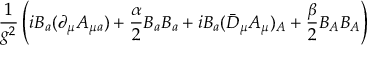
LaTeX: \frac { 1 } { g ^ { 2 } } \left( i B _ { a } ( \partial _ { \mu } A _ { \mu a } ) + \frac { \alpha } { 2 } B _ { a } B _ { a } + i B _ { a } ( \bar { D } _ { \mu } A _ { \mu } ) _ { A } + \frac { \beta } { 2 } B _ { A } B _ { A } \right)